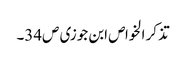
تذکر الخواص ابن جوزی ص34۔